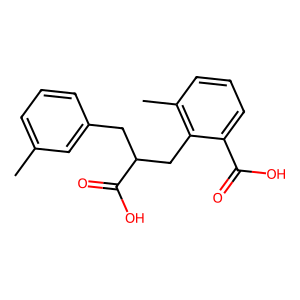
SMILES: Cc1cccc(CC(Cc2c(C)cccc2C(=O)O)C(=O)O)c1
Inhibits HIV replication: No